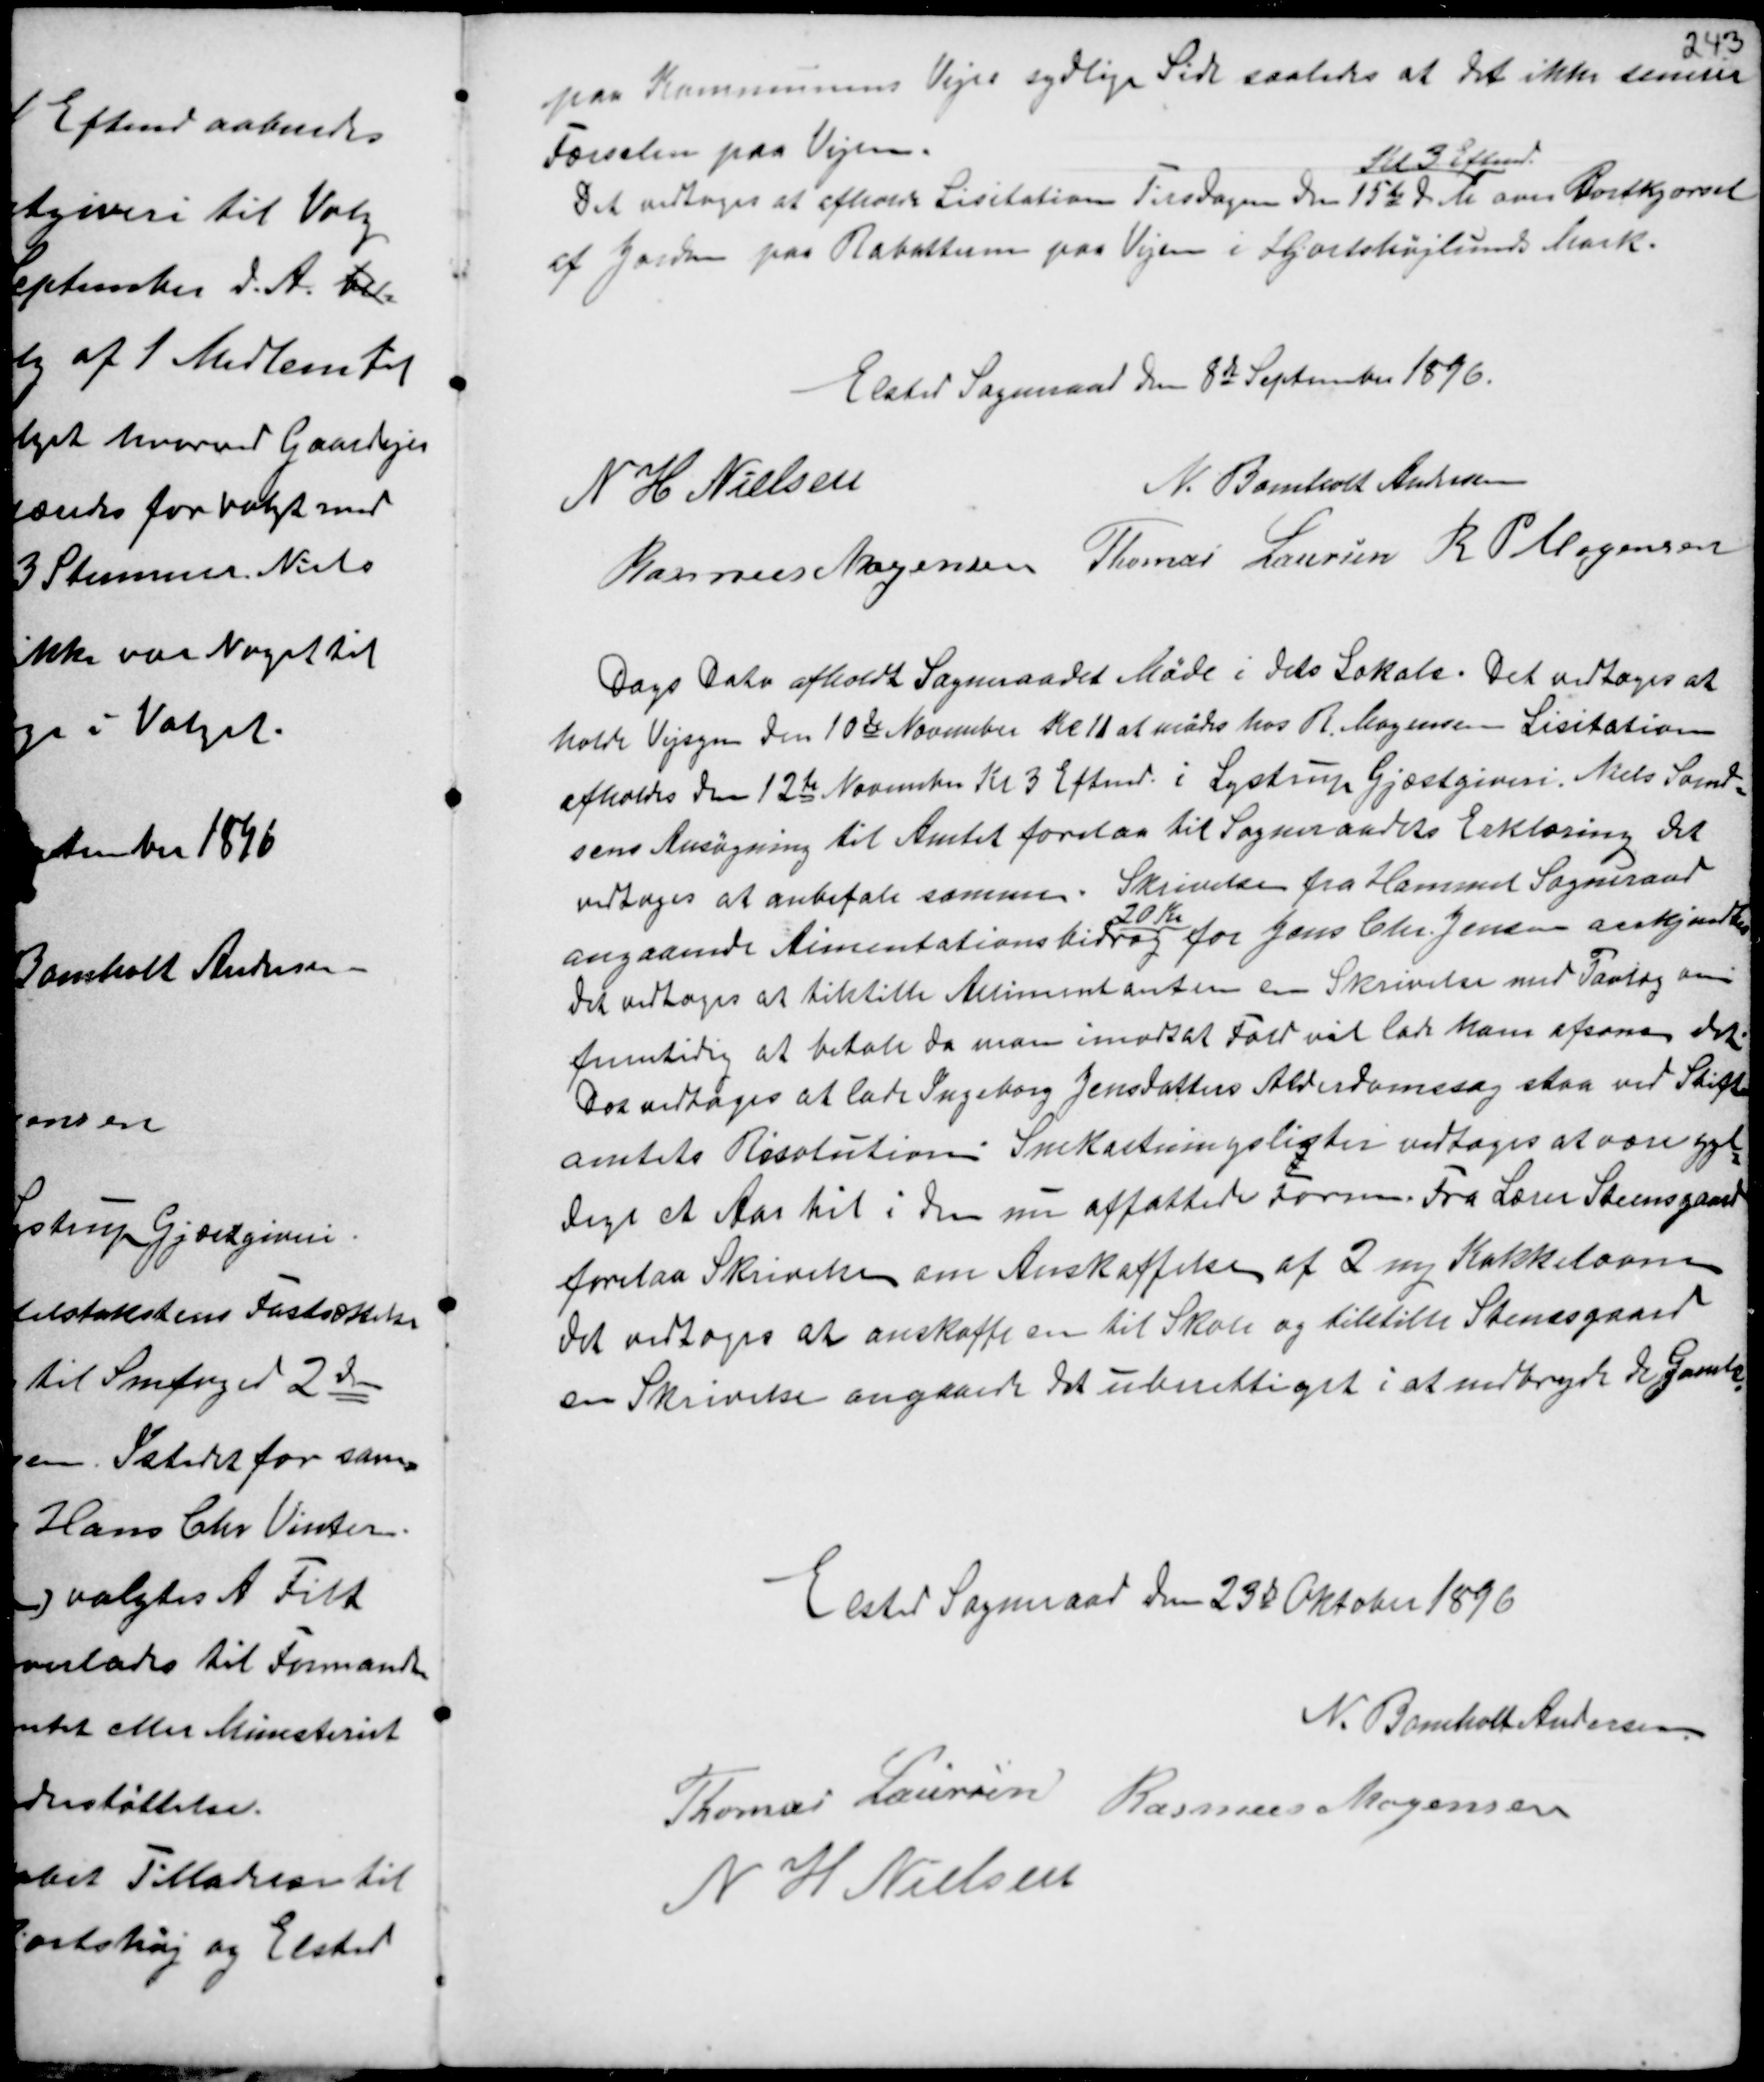
Transskription:
paa Kommunens Vejes sydlige Side saaledes at det ikke bremser
Færselen paa Vejene.
Det vedtoges at afholde Lisitation Tirsdagen den 15de d.M.
Kl 3 Eftermd
over Bortkjørsel
af Jorden paa Rabatterne paa Vejen i Hjortshøjlunds Mark.

Elsted Sogneraad den 8de September 1896.
N H Nielsen
N. Bomholt Andersen
Rasmus Mogensen Thomas Laursen R P Mogensen

Dags Dato afholdt Sogneraadet Møde i dets Lokale. Det vedtoges at
holde Vejsyn den 10de November Kl 11 at mødes hos R. Mogensen Lisitation
afholdes den 12de November Kl 3 Eftermd i Lystrup Gjæstgiveri. Niels Svend-
sens Ansøgning til Amtet forelaa til Sogneraadets Erklæring. Det
vedtoges at anbefale samme. Skrivelsen fra Hammel Sogneraad
angaaende Alimentationsbidrag
20 Kr
for Jens Chr. Jensen ankjendtes
det vedtoges at tilstille Alimentanten en Skrivelse med Paalæg om
fremtidig at betale da man imodsat Fald vil lade ham afsone det.
Det vedtoges at lade Ingeborg Jensdatters Alderdomssag staa ved Stift-
amtets Resolution. Snekastningslister vedtoges at være gyl-
dige et Aar til i den nu affattede Form. Fra Lærer Steensgaard
forelaa Skrivelse om Anskaffelse af 2 ny Kakkelovne
det vedtoges at anskaffe en til Skole og tilstille Steensgaard
en Skrivelse angaaende det uberettiget i at nedbryde de Gamle.

Elsted Sogneraad den 23de Oktober 1896
N. Bomholt Andersen
Thomas Laursen Rasmus Mogensen
N H Nielsen